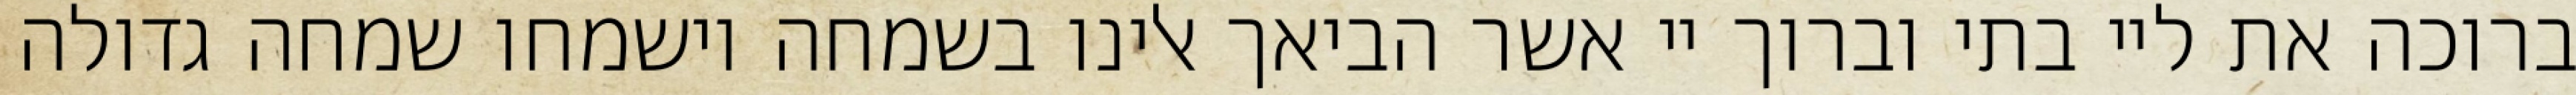
ברוכה את ליי בתי וברוך יי אשר הביאך אלינו בשמחה וישמחו שמחה גדולה